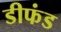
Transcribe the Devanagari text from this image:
डीफंड